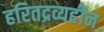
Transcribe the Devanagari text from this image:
हरितद्रव्यहीन